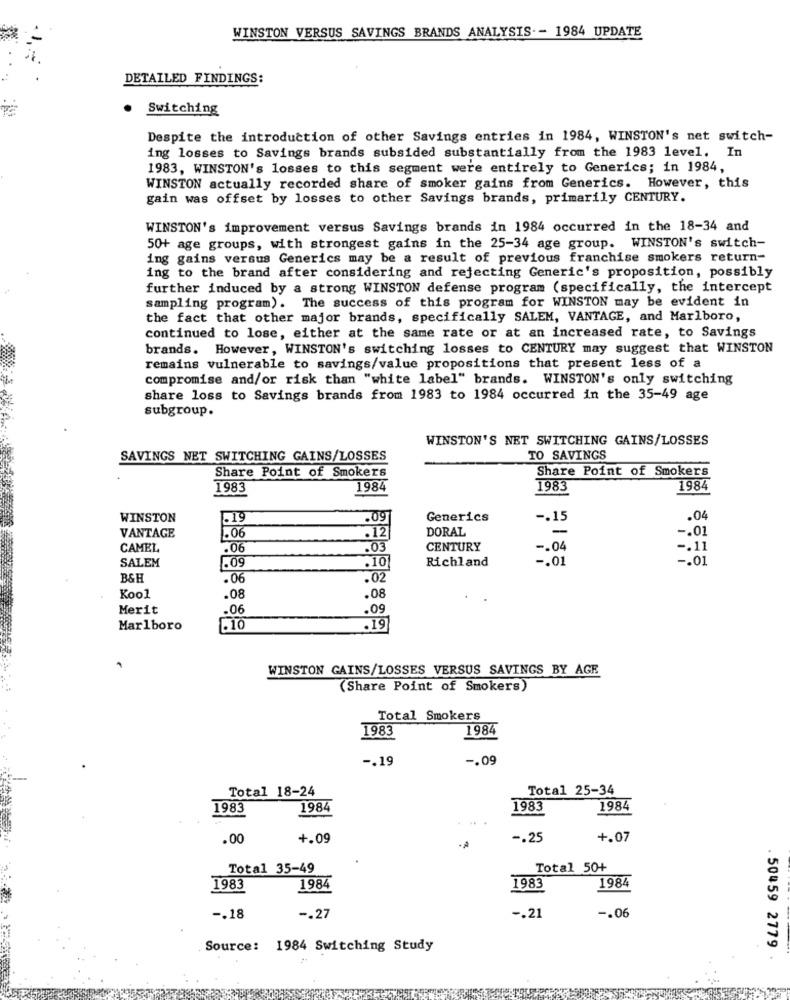
WINSTON VERSUS SAVINGS BRANDS ANALYSIS -- 1984 UPDATE
DETAILED FINDINGS:
Switching
Despite the introduction of other Savings entries in 1984, WINSTON's net switch-
ing losses to Savings brands subsided substantially from the 1983 level. In
1983, WINSTON's losses to this segment were entirely to Generics; in 1984,
WINSTON actually recorded share of smoker gains from Generics. However, this
gain was offset by losses to other Savings brands, primarily CENTURY.
WINSTON's improvement versus Savings brands in 1984 occurred in the 18-34 and
50+ age groups, with strongest gains in the 25-34 age group. WINSTON's switch-
ing gains versus Generics may be a result of previous franchise smokers return-
ing to the brand after considering and rejecting Generic's proposition, possibly
further induced by a strong WINSTON defense program (specifically, the intercept
sampling program). The success of this program for WINSTON may be evident in
the fact that other major brands, specifically SALEM, VANTAGE, and Marlboro,
continued to lose, either at the same rate or at an increased rate, to Savings
brands. However, WINSTON's switching losses to CENTURY may suggest that WINSTON
remains vulnerable to savings/value propositions that present less of a
compromise and/or risk than "white label" brands. WINSTON's only switching
share loss to Savings brands from 1983 to 1984 occurred in the 35-49 age
subgroup.
WINSTON'S NET SWITCHING GAINS/LOSSES
SAVINGS NET SWITCHING GAINS/LOSSES
TO SAVINGS
Share Point of Smokers
Share Point of Smokers
1983
1984
1983
1984
WINSTON
.19
.09
Generics
-. 15
.04
VANTAGE
.06
DORAL
-. 01
.12
CAMEL
.06
.03
CENTURY
-. 04
-. 11
SALEM
Richland
-. 01
-. 01
.09
.10
B&H
.06
.02
Kool
.08
.08
Merit
.06
.09
Marlboro
.19
WINSTON GAINS/LOSSES VERSUS SAVINGS BY AGE
(Share Point of Smokers)
Total Smokers
1983
1984
-. 19
-. 09
Total 18-24
Total 25-34
1983
1984
1983
1984
. ..
.00
+.09
-. 25
+.07
Total 35-49
Total 50+
1983
1984
1983
1984
-. 18
-. 27
-. 21
-. 06
Source: 1984 Switching Study
. 50459 2779 .